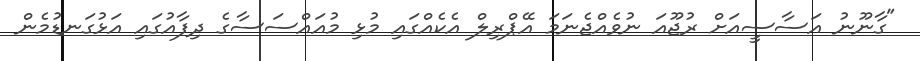
"ގާނޫނު އަސާސީއަށް ރުޖޫއަ ނުވެއްޖެނަމަ އޭޕްރިލް އެކެއްގައި މުޅި މުއައްސަސާގެ ދިފާއުގައި އަޅުގަނޑުމެން